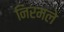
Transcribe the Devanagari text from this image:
निरमले